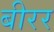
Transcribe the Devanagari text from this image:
बीरर